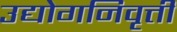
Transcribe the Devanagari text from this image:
उद्योगनिवृत्ती